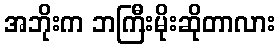
အဘိုးက ဘကြီးမိုးဆိုတာလား